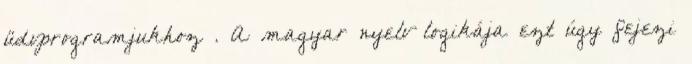
üdvprogramjukhoz . A magyar nyelv logikája ezt úgy fejezi